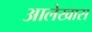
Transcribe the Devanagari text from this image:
आलेखास